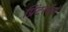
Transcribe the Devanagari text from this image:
प्रिंटरकडे